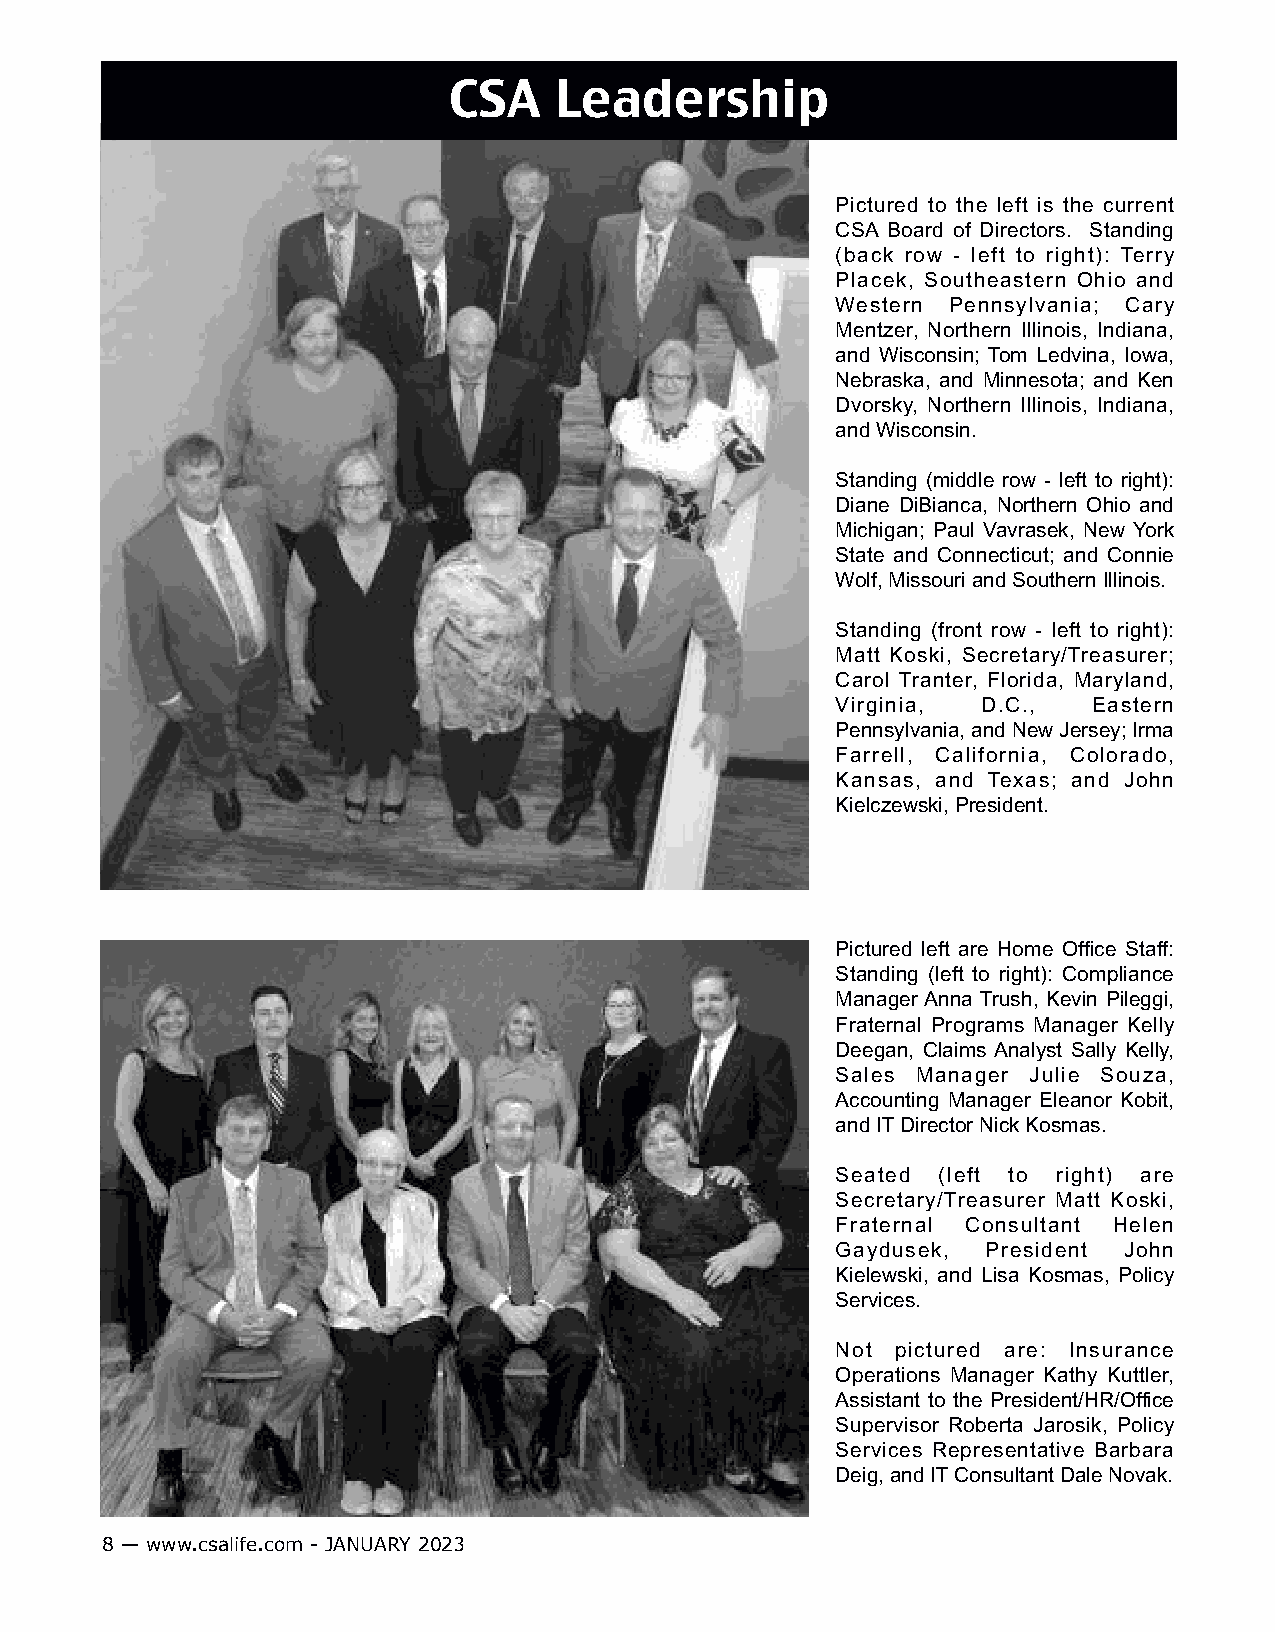
CSA    Leadership
 Pictured to the left is the current
 CSA Board of Directors. Standing
 (back row - left to right): Terry
 Placek, Southeastern Ohio and
 Western Pennsylvania; Cary
 Mentzer, Northern Illinois, Indiana,
 and Wisconsin; Tom Ledvina, Iowa,
 Nebraska, and Minnesota; and Ken
 Dvorsky, Northern Illinois, Indiana,
 and Wisconsin.
 Standing (middle row - left to right):
 Diane DiBianca, Northern Ohio and
 Michigan; Paul Vavrasek, New York
 State and Connecticut; and Connie
 Wolf, Missouri and Southern Illinois.
 Standing (front row - left to right):
 Matt Koski, Secretary/Treasurer;
 Carol Tranter, Florida, Maryland,
 Virginia, D.C.,  Eastern
 Pennsylvania, and New Jersey; Irma
 Farrell, California, Colorado,
 Kansas, and Texas; and John
 Kielczewski, President.
 Pictured left are Home Office Staff:
 Standing (left to right): Compliance
 Manager Anna Trush, Kevin Pileggi,
 Fraternal Programs Manager Kelly
 Deegan, Claims Analyst Sally Kelly,
 Sales Manager Julie Souza,
 Accounting Manager Eleanor Kobit,
 and IT Director Nick Kosmas.
 Seated (left to right) are
 Secretary/Treasurer Matt Koski,
 Fraternal Consultant Helen
 Gaydusek, President John
 Kielewski, and Lisa Kosmas, Policy
 Services.
 Not pictured are: Insurance
 Operations Manager Kathy Kuttler,
 Assistant to the President/HR/Office
 Supervisor Roberta Jarosik, Policy
 Services Representative Barbara
 Deig, and IT Consultant Dale Novak.
 8 — www.csalife.com - JANUARY 2023